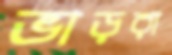
ভাড়রা